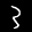
Label: 3